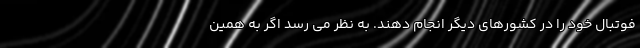
فوتبال خود را در کشورهای دیگر انجام دهند. به نظر می رسد اگر به همین